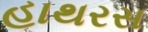
હાથરસ